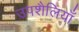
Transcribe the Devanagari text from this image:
उपशैलियाँ